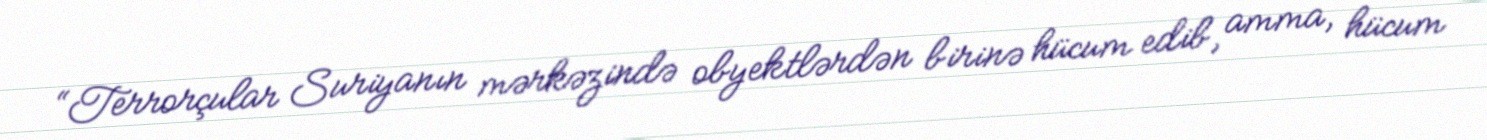
“Terrorçular Suriyanın mərkəzində obyektlərdən birinə hücum edib, amma, hücum